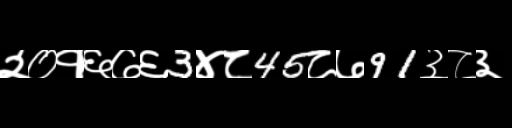
Text: २०१६७६3४८45८७91३८३